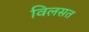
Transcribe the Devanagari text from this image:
विलसत